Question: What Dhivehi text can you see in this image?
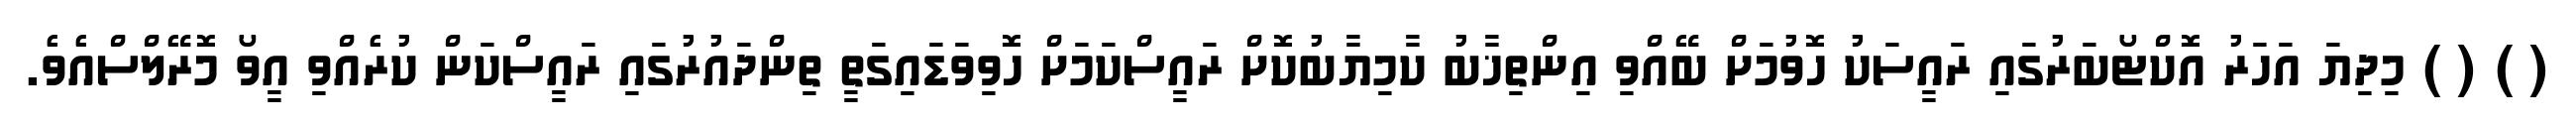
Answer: ( ) ( ) މިދިޔަ އަހަރު އޮކްޓޯބަރުގައި ރައީސަކު ހޮވުމަށް ބޭއްވި އިންތިޚާބު ކާމިޔާބުކޮށް ރައީސްކަމަށް ހޮވިވަޑައިގަތީ ތިންދައުރުގައި ރައީސްކަން ކުރެއްވި އީވޯ މޮރޭލްސްއެވެ.